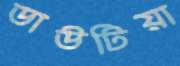
ডাউটিয়া